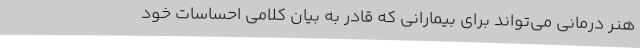
هنر درمانی می‌تواند برای بیمارانی که قادر به بیان کلامی احساسات خود